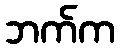
ဘက်က